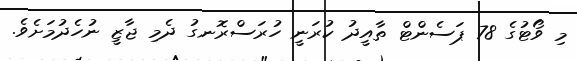
މި ވޯޓުގެ 78 ޕަސެންޓް ތާއީދު ކުރަނީ ހުރަސްރޮނގު ދެމި ޖާޒީ ނުހެދުމަށެވެ.